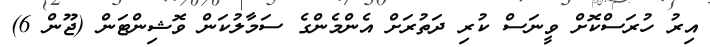
އިރު ހުރަސްކޮށް ވީނަސް ކުރި ދަތުރަށް އެންމެންގެ ސަމާލުކަން ވޮޝިންޓަން (ޖޫން 6)